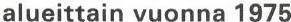
alueittain vuonna 1975